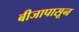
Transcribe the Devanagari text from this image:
बीजापासून